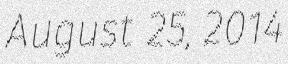
August 25, 2014